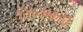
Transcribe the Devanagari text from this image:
तिच्याकरवे